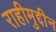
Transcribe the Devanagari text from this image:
राहीमुद्दीन